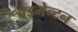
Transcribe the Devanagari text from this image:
बेडमेन्टन